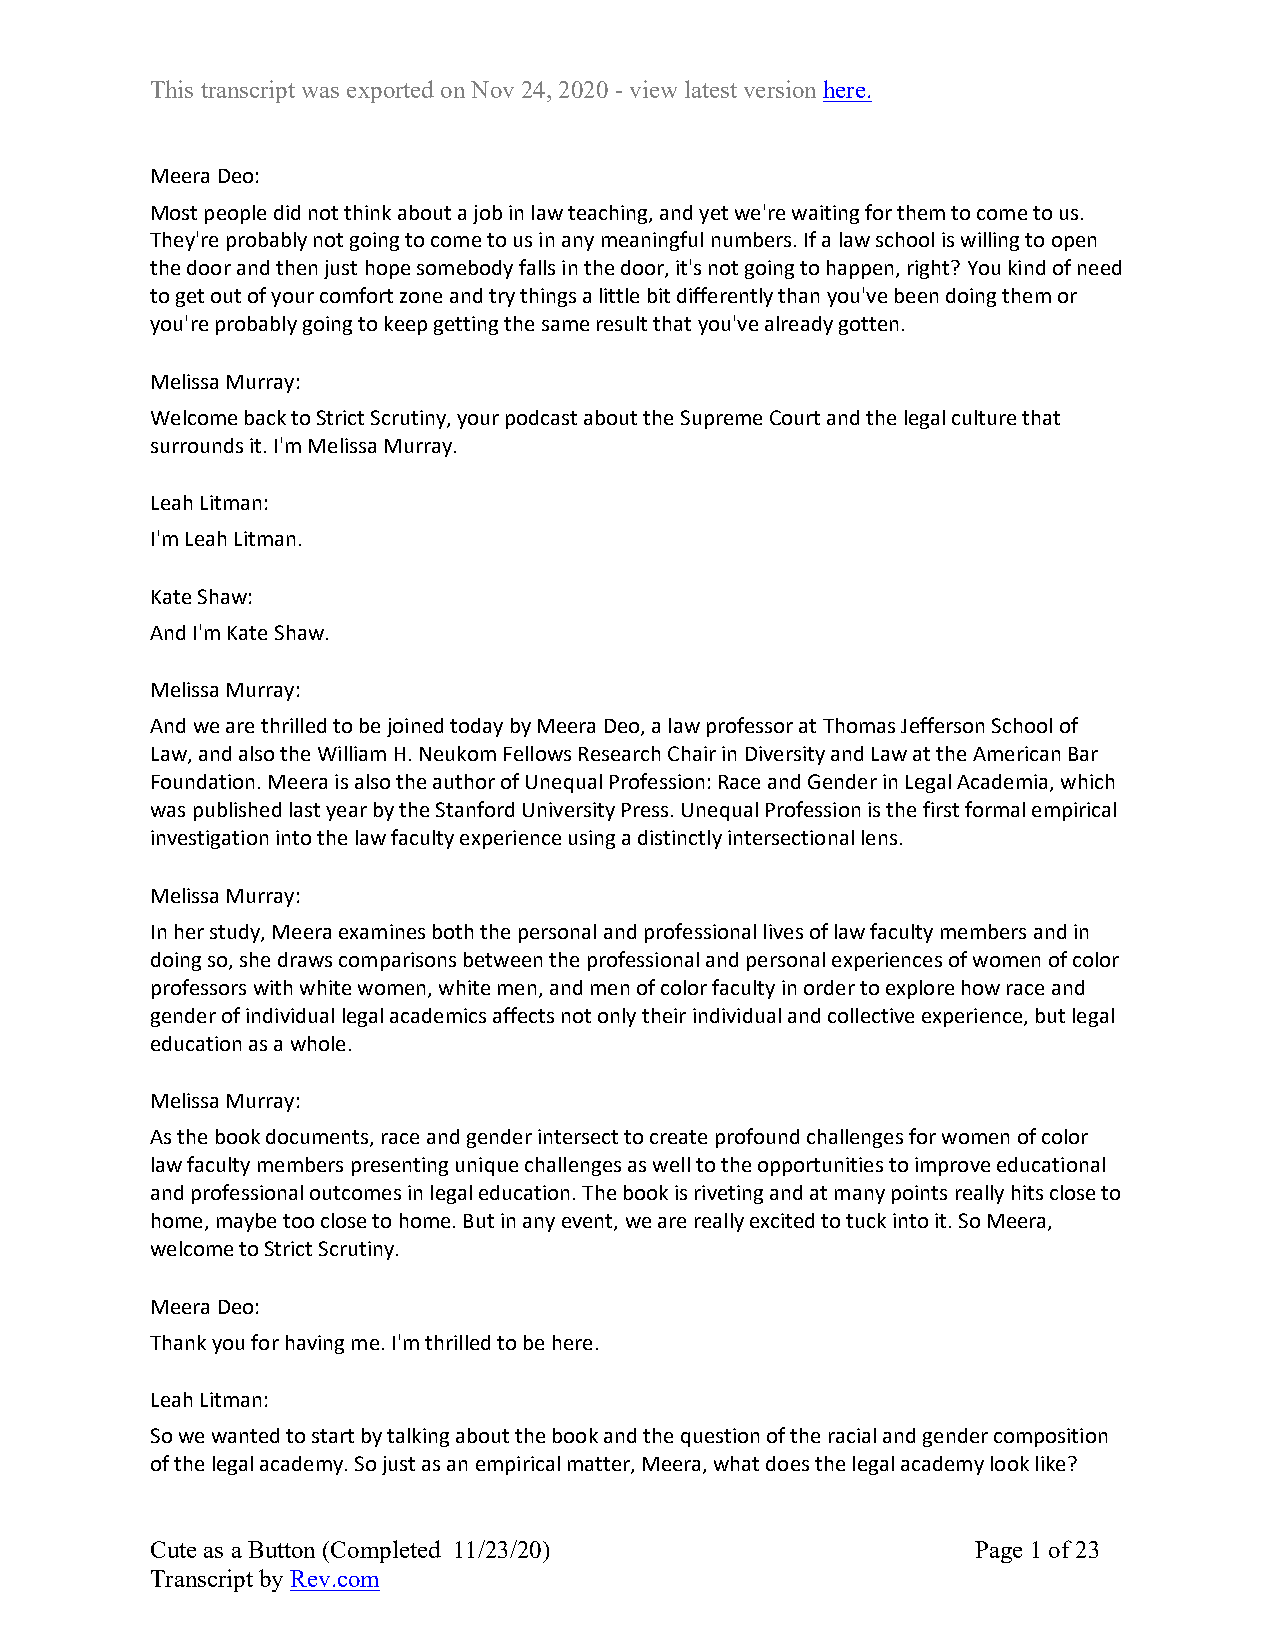
This transcript was exported on Nov 24, 2020 - view latest version here.
 Meera Deo:
 Most people did not think about a job in law teaching, and yet we're waiting for them to come to us.
 They're probably not going to come to us in any meaningful numbers. If a law school is willing to open
 the door and then just hope somebody falls in the door, it's not going to happen, right? You kind of need
 to get out of your comfort zone and try things a little bit differently than you've been doing them or
 you're probably going to keep getting the same result that you've already gotten.
 Melissa Murray:
 Welcome back to Strict Scrutiny, your podcast about the Supreme Court and the legal culture that
 surrounds it. I'm Melissa Murray.
 Leah Litman:
 I'm Leah Litman.
 Kate Shaw:
 And I'm Kate Shaw.
 Melissa Murray:
 And we are thrilled to be joined today by Meera Deo, a law professor at Thomas Jefferson School of
 Law, and also the William H. Neukom Fellows Research Chair in Diversity and Law at the American Bar
 Foundation. Meera is also the author of Unequal Profession: Race and Gender in Legal Academia, which
 was published last year by the Stanford University Press. Unequal Profession is the first formal empirical
 investigation into the law faculty experience using a distinctly intersectional lens.
 Melissa Murray:
 In her study, Meera examines both the personal and professional lives of law faculty members and in
 doing so, she draws comparisons between the professional and personal experiences of women of color
 professors with white women, white men, and men of color faculty in order to explore how race and
 gender of individual legal academics affects not only their individual and collective experience, but legal
 education as a whole.
 Melissa Murray:
 As the book documents, race and gender intersect to create profound challenges for women of color
 law faculty members presenting unique challenges as well to the opportunities to improve educational
 and professional outcomes in legal education. The book is riveting and at many points really hits close to
 home, maybe too close to home. But in any event, we are really excited to tuck into it. So Meera,
 welcome to Strict Scrutiny.
 Meera Deo:
 Thank you for having me. I'm thrilled to be here.
 Leah Litman:
 So we wanted to start by talking about the book and the question of the racial and gender composition
 of the legal academy. So just as an empirical matter, Meera, what does the legal academy look like?
 Cute as a Button (Completed 11/23/20)                  Page 1 of 23
 Transcript by Rev.com